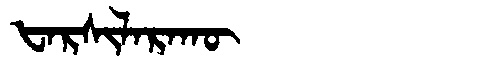
Manchu: ᡶᠠᡵᠰᡳᠯᠠᡵᠠᡴᡡ
Romanization: FARSILARAKŪ